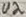
Text: U2